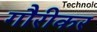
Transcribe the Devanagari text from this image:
गौरीकर